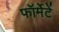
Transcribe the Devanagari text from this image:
फॉर्मेटें